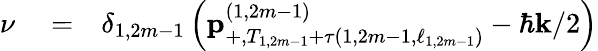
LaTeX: \begin{array}{rlr}{\nu}&{{}=}&{\delta_{1,2m-1}\left(\mathbf{p}_{+,T_{1,2m-1}+\tau\left(1,2m-1,\ell_{1,2m-1}\right)}^{\left(1,2m-1\right)}-\hbar\mathbf{k}/2\right)}\end{array}